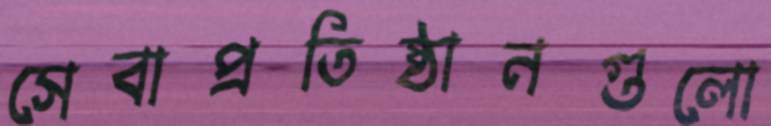
সেবাপ্রতিষ্ঠানগুলো